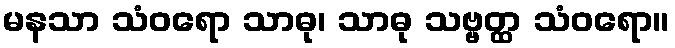
မနသာ သံဝရော သာဓု၊ သာဓု သဗ္ဗတ္ထ သံဝရော။